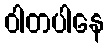
ဝါတပါနေ